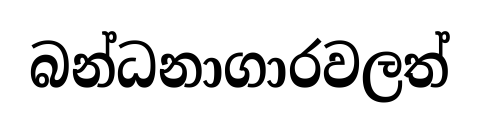
බන්ධනාගාරවලත්